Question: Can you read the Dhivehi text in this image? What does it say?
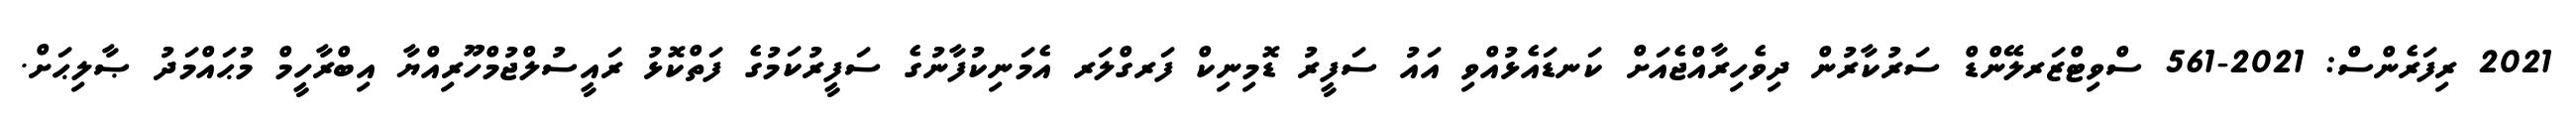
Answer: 2021 ރިފަރެންސް: 2021-561 ސްވިޓްޒަރލޭންޑް ސަރުކާރުން ދިވެހިރާއްޖެއަށް ކަނޑައެޅުއްވި އައު ސަފީރު ޑޮމިނިކް ފަރގްލަރ އެމަނިކުފާނުގެ ސަފީރުކަމުގެ ފަތްކޮޅު ރައީސުލްޖުމްހޫރިއްޔާ އިބްރާހީމް މުޙައްމަދު ޞާލިޙަށް.